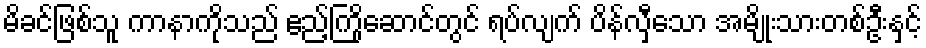
မိခင်ဖြစ်သူ ကာနာကိုသည် ဧည့်ကြိုဆောင်တွင် ရပ်လျက် ပိန်လှီသော အမျိုးသားတစ်ဦးနှင့်